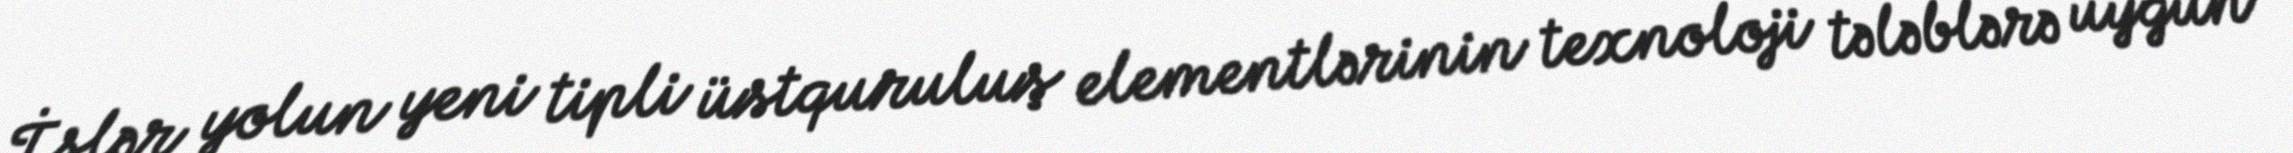
İşlər yolun yeni tipli üstquruluş elementlərinin texnoloji tələblərə uyğun